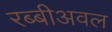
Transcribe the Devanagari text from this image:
रब्बीअवल